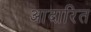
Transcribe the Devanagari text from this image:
आदारित